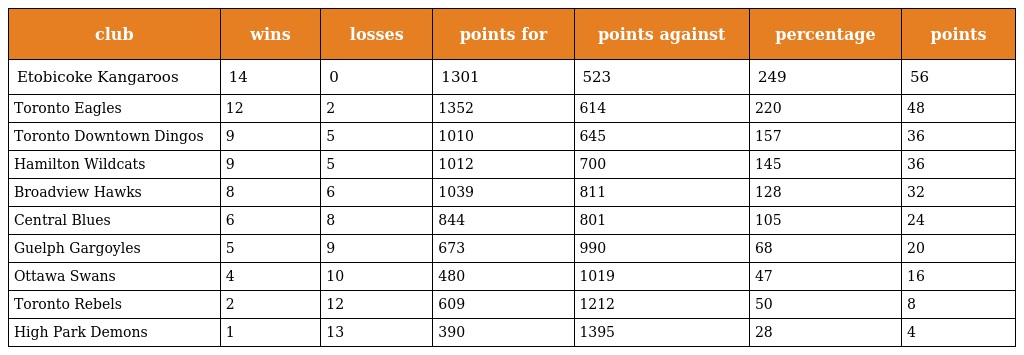
| club | wins | losses | points for | points against | percentage | points |
 | --- | --- | --- | --- | --- | --- | --- |
 | Etobicoke Kangaroos | 14 | 0 | 1301 | 523 | 249 | 56 |
 | Toronto Eagles | 12 | 2 | 1352 | 614 | 220 | 48 |
 | Toronto Downtown Dingos | 9 | 5 | 1010 | 645 | 157 | 36 |
 | Hamilton Wildcats | 9 | 5 | 1012 | 700 | 145 | 36 |
 | Broadview Hawks | 8 | 6 | 1039 | 811 | 128 | 32 |
 | Central Blues | 6 | 8 | 844 | 801 | 105 | 24 |
 | Guelph Gargoyles | 5 | 9 | 673 | 990 | 68 | 20 |
 | Ottawa Swans | 4 | 10 | 480 | 1019 | 47 | 16 |
 | Toronto Rebels | 2 | 12 | 609 | 1212 | 50 | 8 |
 | High Park Demons | 1 | 13 | 390 | 1395 | 28 | 4 |